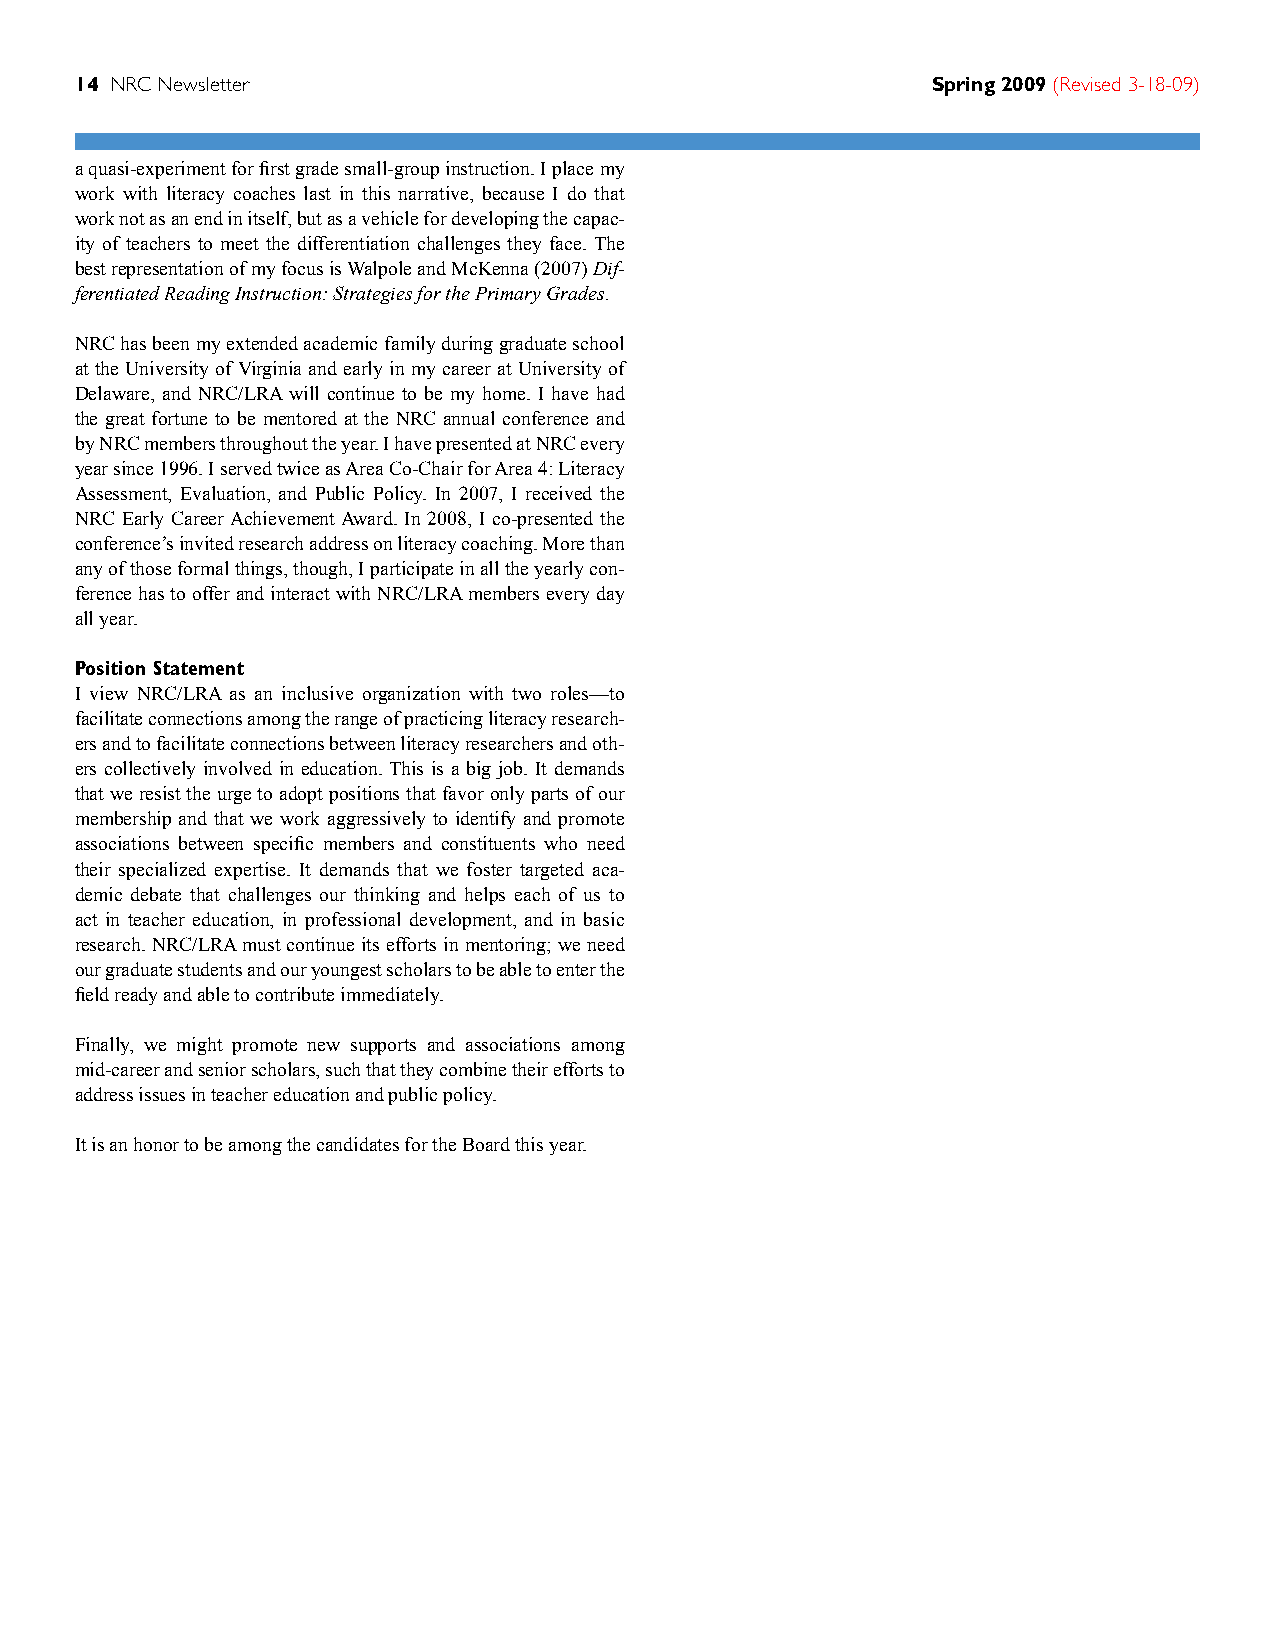
14 NRC Newsletter                                        Spring 2009 (Revised 3-18-09)
 a quasi-experiment for first grade small-group instruction. I place my
 work with literacy coaches last in this narrative, because I do that
 work not as an end in itself, but as a vehicle for developing the capac-
 ity of teachers to meet the differentiation challenges they face. The
 best representation of my focus is Walpole and McKenna (2007) Dif-
 ferentiated Reading Instruction: Strategies for the Primary Grades.
 NRC has been my extended academic family during graduate school
 at the University of Virginia and early in my career at University of
 Delaware, and NRC/LRA will continue to be my home. I have had
 the great fortune to be mentored at the NRC annual conference and
 by NRC members throughout the year. I have presented at NRC every
 year since 1996. I served twice as Area Co-Chair for Area 4: Literacy
 Assessment, Evaluation, and Public Policy. In 2007, I received the
 NRC Early Career Achievement Award. In 2008, I co-presented the
 conference’s invited research address on literacy coaching. More than
 any of those formal things, though, I participate in all the yearly con-
 ference has to offer and interact with NRC/LRA members every day
 all year.
 Position Statement
 I view NRC/LRA as an inclusive organization with two roles—to
 facilitate connections among the range of practicing literacy research-
 ers and to facilitate connections between literacy researchers and oth-
 ers collectively involved in education. This is a big job. It demands
 that we resist the urge to adopt positions that favor only parts of our
 membership and that we work aggressively to identify and promote
 associations between specific members and constituents who need
 their specialized expertise. It demands that we foster targeted aca-
 demic debate that challenges our thinking and helps each of us to
 act in teacher education, in professional development, and in basic
 research. NRC/LRA must continue its efforts in mentoring; we need
 our graduate students and our youngest scholars to be able to enter the
 field ready and able to contribute immediately.
 Finally, we might promote new supports and associations among
 mid-career and senior scholars, such that they combine their efforts to
 address issues in teacher education and public policy.
 It is an honor to be among the candidates for the Board this year.